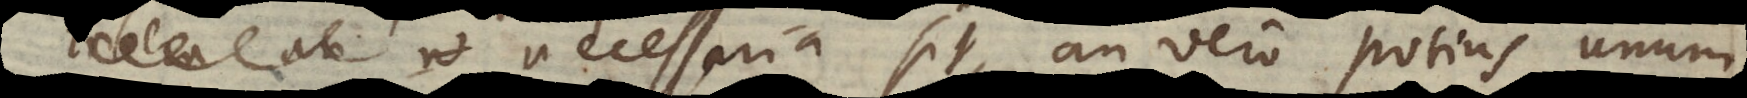
necessaria sit, an vero potius unum